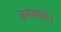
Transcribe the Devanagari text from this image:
उपभाषा।